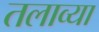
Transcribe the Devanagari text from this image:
तलाव्या